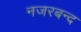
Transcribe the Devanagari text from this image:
नजरबन्‍द